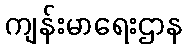
ကျန်းမာရေးဌာန